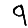
Digit: 9